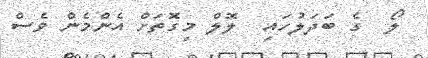
ލޯ  ގެ ބަދަލުހައި  ލޮލް މިގޮތަށް އެންމެން ވެސް